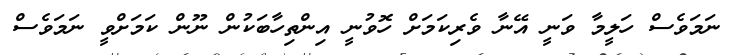
ނަމަވެސް ހަލީމާ ވަނީ އޭނާ ވެރިކަމަށް ހޮވުނީ އިންތިހާބަކުން ނޫން ކަމަށްވީ ނަމަވެސް